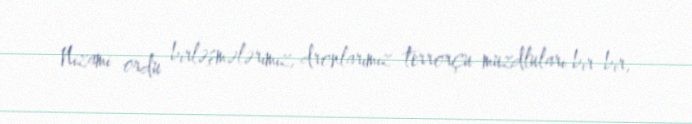
Nizami ordu birləşmələrimiz, dronlarımız terrorçu-muzdluları bir-bir,